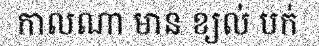
កាលណា មាន ខ្យល់ បក់